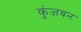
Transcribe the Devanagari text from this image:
कुंजबन